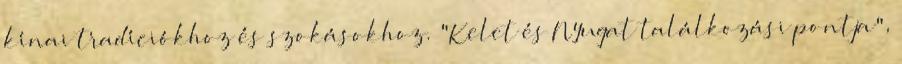
kínai tradíciókhoz és szokásokhoz. "Kelet és Nyugat találkozási pontja",